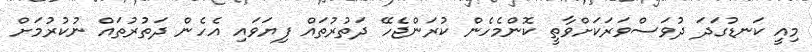
މިއީ ކަނޑުގަދަ ދުވަސްވަރަކަށްވާތީ ކޮންމެހެން ކުރަންޖެހޭ ދަތުރުތައް ފިޔަވައި އެހެން ދަތުރުތައް ނުކުރުމަށް